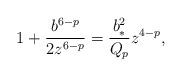
LaTeX: \begin{align*}1+{{b^{6-p}}\over{2z^{6-p}}}={{b^2_*}\over{Q_p}}z^{4-p},\end{align*}